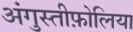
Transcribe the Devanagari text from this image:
अंगुस्तीफ़ोलिया